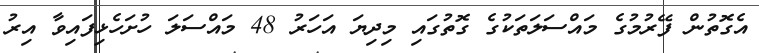
އެގޮތުން ފޭރުމުގެ މައްސަލަތަކުގެ ގޮތުގައި މިދިޔަ އަހަރު 48 މައްސަލަ ހުށަހެޅިފައިވާ އިރު